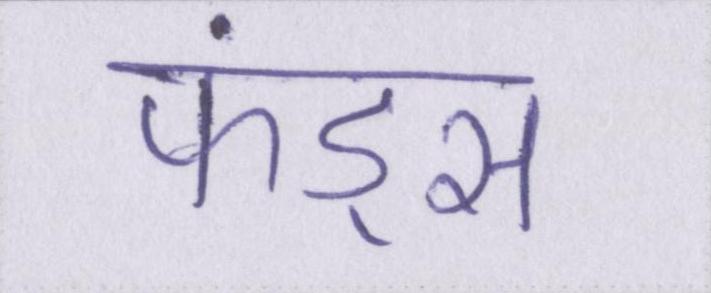
फंड्स